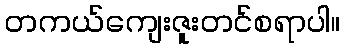
တကယ်ကျေးဇူးတင်စရာပါ။